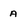
Character: a